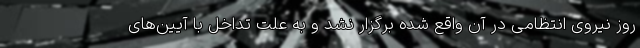
روز نیروی انتظامی در آن واقع شده برگزار نشد و به علت تداخل با آیین‌های